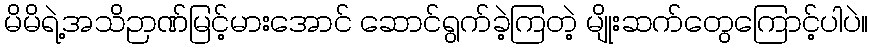
မိမိရဲ့အသိဉာဏ်မြင့်မားအောင် ဆောင်ရွက်ခဲ့ကြတဲ့ မျိုးဆက်တွေကြောင့်ပါပဲ။